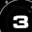
Digit: 3